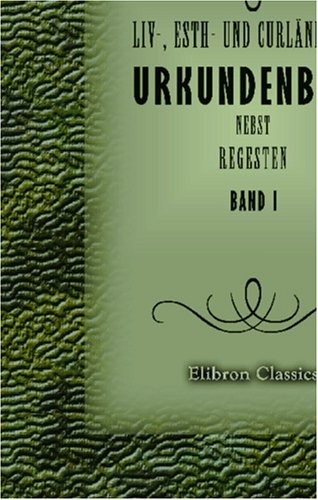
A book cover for Liv-, Esth- und CurlÃ¤ndisches Urkundenbuch nebst Regesten: Band 1. 1093-1300 (German Edition); Andrei Volgin; History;